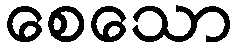
စေသော